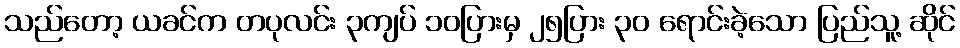
သည်တော့ ယခင်က တပုလင်း ၃ကျပ် ၁၀ပြားမှ ၂၅ပြား ၃၀ ရောင်းခဲ့သော ပြည်သူ့ ဆိုင်